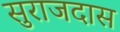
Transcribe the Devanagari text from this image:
सुराजदास